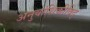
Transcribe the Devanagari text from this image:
अनुवांशिकीविद्